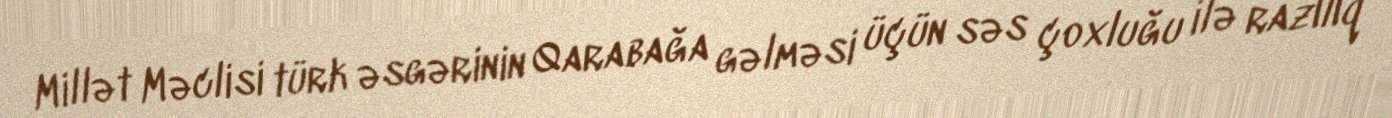
Millət Məclisi türk əsgərinin Qarabağa gəlməsi üçün səs çoxluğu ilə razılıq